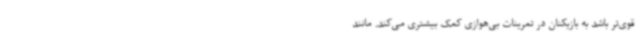
قوی‌تر باشد به بازیکنان در تمرینات بی‌هوازی کمک بیشتری می‌کند. مانند